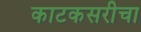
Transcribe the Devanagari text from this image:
काटकसरीचा